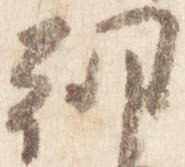
朝